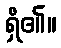
ရှိ၏။